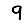
Digit: 9